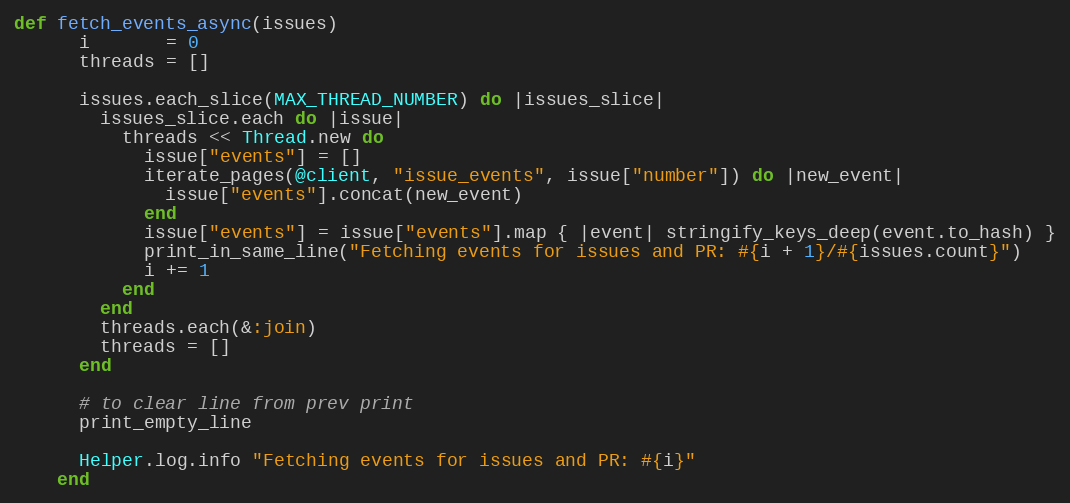
Language: Ruby
def fetch_events_async(issues)
      i       = 0
      threads = []

      issues.each_slice(MAX_THREAD_NUMBER) do |issues_slice|
        issues_slice.each do |issue|
          threads << Thread.new do
            issue["events"] = []
            iterate_pages(@client, "issue_events", issue["number"]) do |new_event|
              issue["events"].concat(new_event)
            end
            issue["events"] = issue["events"].map { |event| stringify_keys_deep(event.to_hash) }
            print_in_same_line("Fetching events for issues and PR: #{i + 1}/#{issues.count}")
            i += 1
          end
        end
        threads.each(&:join)
        threads = []
      end

      # to clear line from prev print
      print_empty_line

      Helper.log.info "Fetching events for issues and PR: #{i}"
    end